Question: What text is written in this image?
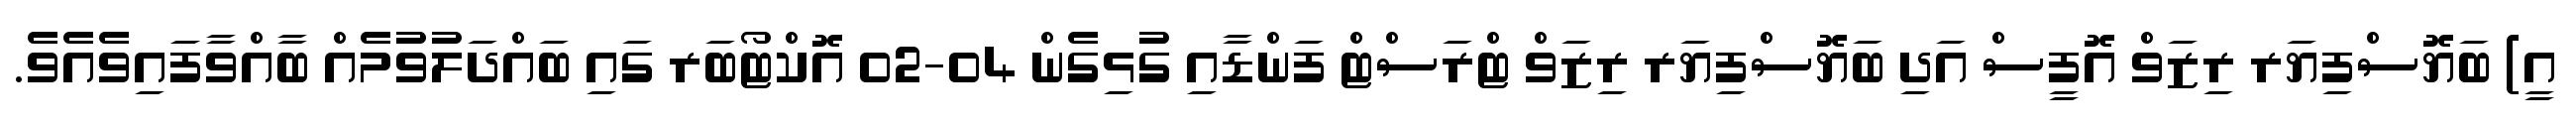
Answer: އީ) ބަޔޮސްފިޔަރ ރިޒަވް އޮފީސް އަދި ބަޔޮސްފިޔަރ ރިޒަވް ޓްރަސްޓް ފަންޑާއި ގުޅިގެން 04-02 އޮކްޓޯބަރ ގައި ބައްދަލުވުމެއް ބާއްވާފަައިވެއެވެ.